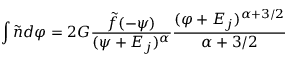
\int \tilde { n } d \varphi = 2 G { \frac { \tilde { f } ( - \psi ) } { ( \psi + { \cal E } _ { j } ) ^ { \alpha } } } { \frac { ( \varphi + { \cal E } _ { j } ) ^ { \alpha + 3 / 2 } } { \alpha + 3 / 2 } }